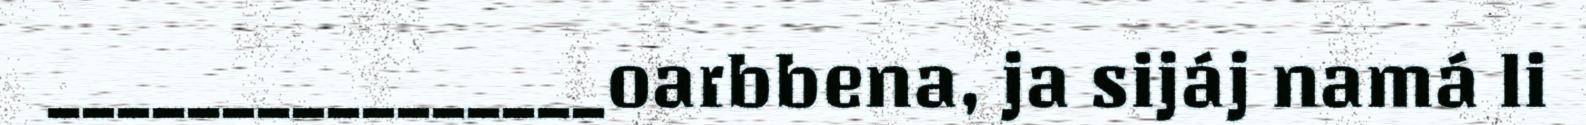
________________oarbbena, ja sijáj namá li